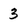
Character: 3